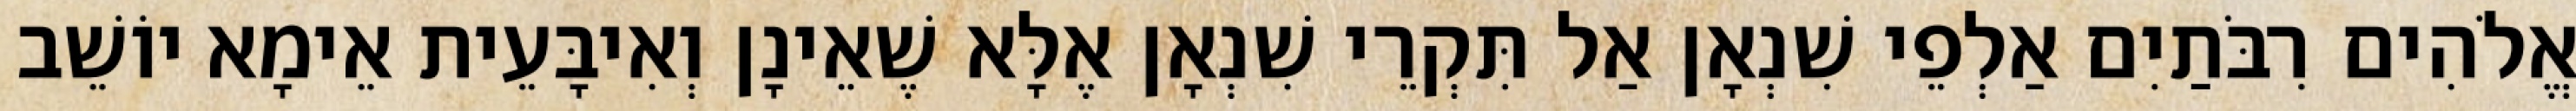
אֱלֹהִים רִבֹּתַיִם אַלְפֵי שִׁנְאָן אַל תִּקְרֵי שִׁנְאָן אֶלָּא שֶׁאֵינָן וְאִיבָּעֵית אֵימָא יוֹשֵׁב